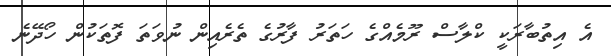
އެ އިތުބާރަކީ ކްލާސް ރޫމެއްގެ ހަތަރު ފާރުގެ ތެރެއިން ނުވަތަ ފޮތަކުން ހޯދޭނެ